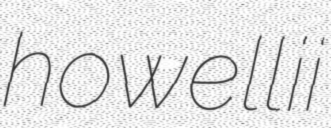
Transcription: howellii